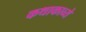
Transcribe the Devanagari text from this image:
कथाकाव्ये